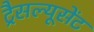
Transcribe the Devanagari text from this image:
ट्रैसल्यूसेंट